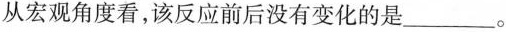
从宏观角度看，该反应前后没有变化的是___。